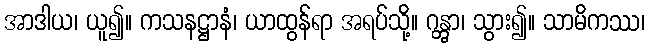
အာဒါယ၊ ယူ၍။ ကသနဋ္ဌာနံ၊ ယာထွန်ရာ အရပ်သို့။ ဂန္တွာ၊ သွား၍။ သာမိကဿ၊